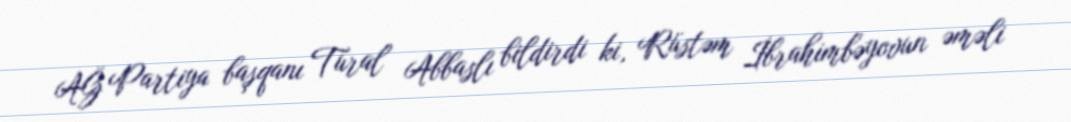
AĞ Partiya başqanı Tural Abbaslı bildirdi ki, Rüstəm İbrahimbəyovun əməli